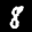
Label: 8